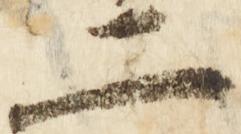
二